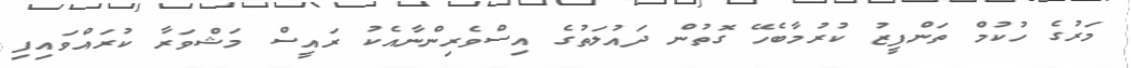
މަރުގެ ހުކުމް ތަންފީޒު ކުރުމާބެހޭ ގޮތުން ދައުލަތުގެ އިސްވެރިންނާއެކު ރައީސް މަޝްވަރާ ކުރައްވައިފި